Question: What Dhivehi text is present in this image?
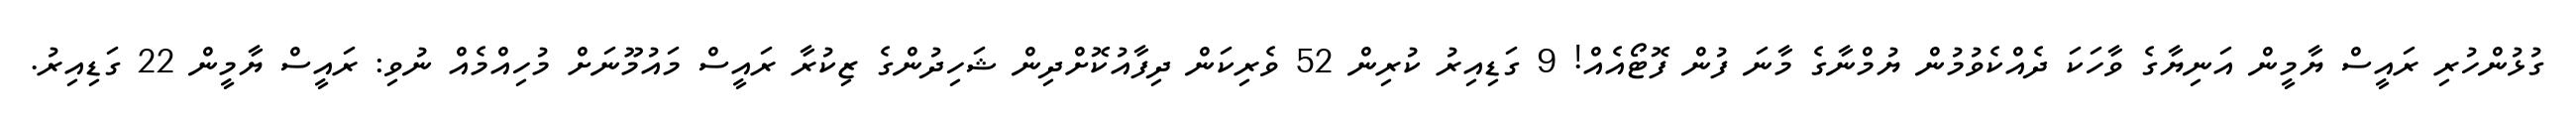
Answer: ގުޅުންހުރި ރައީސް ޔާމީން އަނިޔާގެ ވާހަކަ ދެއްކެވުމުން ޔުމްނާގެ މާނަ ފުން ފޮޓޯއެއް! 9 ގަޑިއިރު ކުރިން 52 ވެރިކަން ދިފާއުކޮށްދިން ޝަހިދުންގެ ޒިކުރާ ރައީސް މައުމޫނަށް މުހިއްމެއް ނުވި: ރައީސް ޔާމީން 22 ގަޑިއިރު.